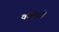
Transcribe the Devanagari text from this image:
कमेस्ट्री